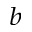
^ b